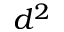
d ^ { 2 }